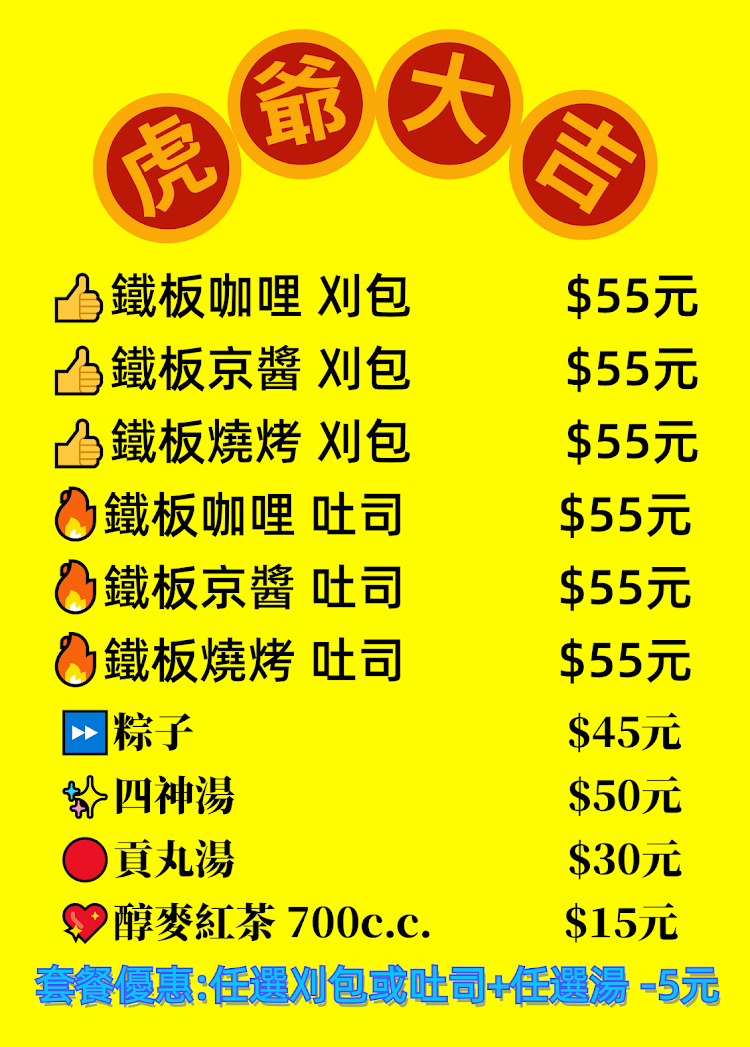
餐廳：虎爺大吉
菜單：
name: 鐵板咖哩刈包
price: 55
name: 鐵板京醬刈包
price: 55
name: 鐵板燒烤刈包
price: 55
name: 鐵板咖哩吐司
price: 55
name: 鐵板京醬吐司
price: 55
name: 鐵板燒烤吐司
price: 55
name: 粽子
price: 45
name: 四神湯
price: 50
name: 貢丸湯
price: 30
name: 醇麥紅茶700c.c.
price: 15